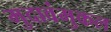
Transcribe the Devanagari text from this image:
मुदावंमुकल